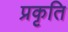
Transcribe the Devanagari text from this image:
प्रकृति